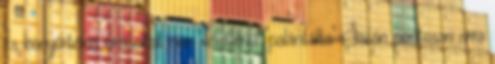
és könyörtelen óriásokat nem véletlenül "palántálta" Sátán pontosan arra